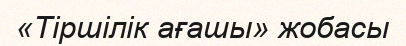
«Тіршілік ағашы» жобасы